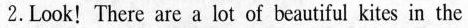
2.Look！There are a lot of beautiful kites in the